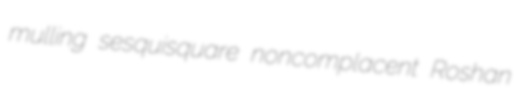
mulling sesquisquare noncomplacent Roshan